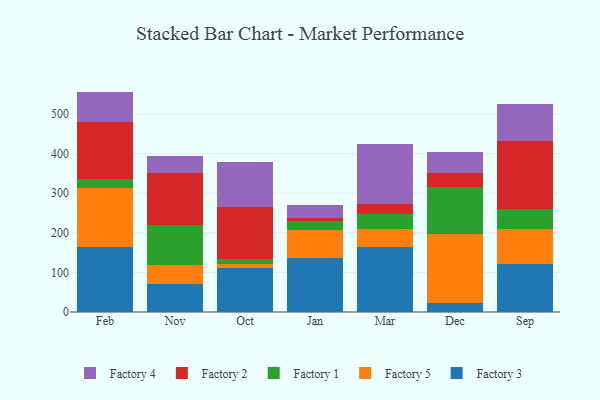
{"axis": {"x": "Month", "y": "Revenue (USD Million)"}, "legend": ["Factory 1", "Factory 2", "Factory 3", "Factory 4", "Factory 5"], "data": [{"x": "Feb", "y": 163.5, "type": "Factory 3"}, {"x": "Feb", "y": 149.1, "type": "Factory 5"}, {"x": "Feb", "y": 24.1, "type": "Factory 1"}, {"x": "Feb", "y": 142.5, "type": "Factory 2"}, {"x": "Feb", "y": 77.4, "type": "Factory 4"}, {"x": "Nov", "y": 71.1, "type": "Factory 3"}, {"x": "Nov", "y": 47.3, "type": "Factory 5"}, {"x": "Nov", "y": 102.1, "type": "Factory 1"}, {"x": "Nov", "y": 131.3, "type": "Factory 2"}, {"x": "Nov", "y": 42.4, "type": "Factory 4"}, {"x": "Oct", "y": 110.1, "type": "Factory 3"}, {"x": "Oct", "y": 12.2, "type": "Factory 5"}, {"x": "Oct", "y": 10.4, "type": "Factory 1"}, {"x": "Oct", "y": 131.6, "type": "Factory 2"}, {"x": "Oct", "y": 113.6, "type": "Factory 4"}, {"x": "Jan", "y": 137.3, "type": "Factory 3"}, {"x": "Jan", "y": 70.3, "type": "Factory 5"}, {"x": "Jan", "y": 21.8, "type": "Factory 1"}, {"x": "Jan", "y": 8.3, "type": "Factory 2"}, {"x": "Jan", "y": 31.8, "type": "Factory 4"}, {"x": "Mar", "y": 163.1, "type": "Factory 3"}, {"x": "Mar", "y": 46.9, "type": "Factory 5"}, {"x": "Mar", "y": 38.5, "type": "Factory 1"}, {"x": "Mar", "y": 23.4, "type": "Factory 2"}, {"x": "Mar", "y": 153.2, "type": "Factory 4"}, {"x": "Dec", "y": 22.0, "type": "Factory 3"}, {"x": "Dec", "y": 175.1, "type": "Factory 5"}, {"x": "Dec", "y": 119.5, "type": "Factory 1"}, {"x": "Dec", "y": 34.9, "type": "Factory 2"}, {"x": "Dec", "y": 52.8, "type": "Factory 4"}, {"x": "Sep", "y": 120.9, "type": "Factory 3"}, {"x": "Sep", "y": 87.8, "type": "Factory 5"}, {"x": "Sep", "y": 52.3, "type": "Factory 1"}, {"x": "Sep", "y": 171.4, "type": "Factory 2"}, {"x": "Sep", "y": 93.9, "type": "Factory 4"}]}